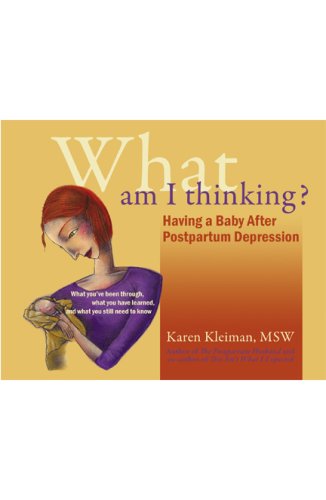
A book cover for What Am I Thinking ?!; Karen Kleiman MSW; Health, Fitness & Dieting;